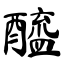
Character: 醯